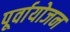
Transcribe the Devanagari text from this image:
पूर्वायोजन